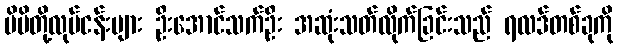
မိမိတို့လုပ်ငန်းများ ဦးအောင်သက်ဦး အဆုံးသတ်လိုက်ခြင်းသည် ရလဒ်တစ်ခုကို